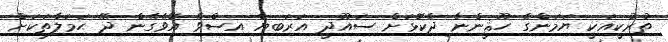
ތުރުކީއަކީ ޔަމަންގެ ހޫޘީންނާ ދެކޮޅަށް ސައޫދީ އަރަބިޔާ އިސްވެ އޮވެގެން ދޭ ޙަމަލާތަކަށް